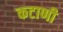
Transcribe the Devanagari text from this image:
कटाणी